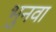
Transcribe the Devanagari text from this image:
भुनवा